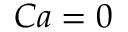
C a = 0